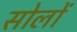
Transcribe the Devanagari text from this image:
सोलों